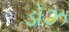
ડોઝ